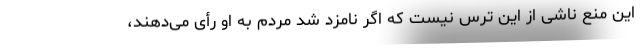
این منع ناشی از این ترس نیست که اگر نامزد شد مردم به او رأی می‌دهند،